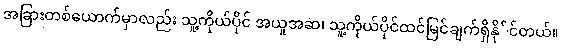
အခြားတစ်ယောက်မှာလည်း သူ့ကိုယ်ပိုင် အယူအဆ၊ သူ့ကိုယ်ပိုင်ထင်မြင်ချက်ရှိနို်င်တယ်။